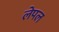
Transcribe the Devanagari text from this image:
लेपल